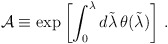
\begin{align*}\mathcal{A} \equiv \exp \left[ \int_0^\lambda d\tilde{\lambda}\, \theta(\tilde{\lambda}) \right]\, .\end{align*}